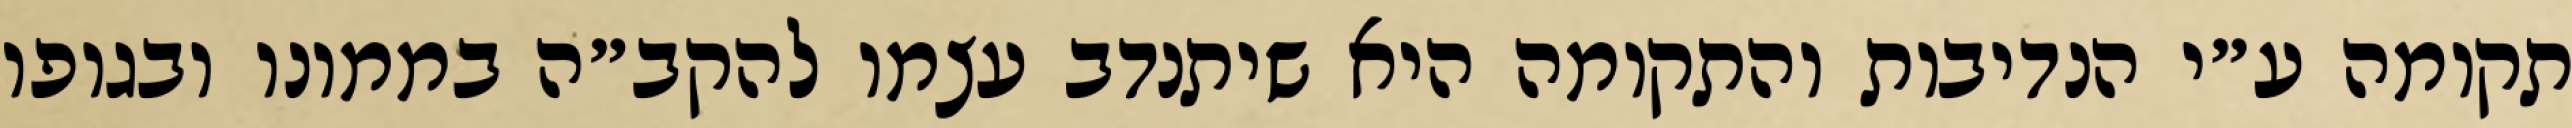
תקומה ע״י הנדיבות והתקומה היא שיתנדב עצמו להקב״ה בממונו ובגופו